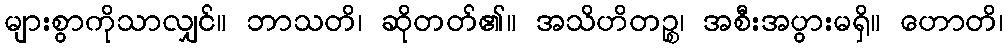
များစွာကိုသာလျှင်။ ဘာသတိ၊ ဆိုတတ်၏။ အသိဟိတဉ္စ၊ အစီးအပွားမရှိ။ ဟောတိ၊